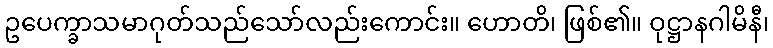
ဥပေက္ခာသမာဂုတ်သည်သော်လည်းကောင်း။ ဟောတိ၊ ဖြစ်၏။ ဝုဋ္ဌာနဂါမိနီ၊